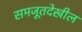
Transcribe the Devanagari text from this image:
समजूतदेखील